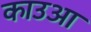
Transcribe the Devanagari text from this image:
काउआ